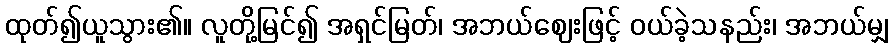
ထုတ်၍ယူသွား၏။ လူတို့မြင်၍ အရှင်မြတ်၊ အဘယ်ဈေးဖြင့် ဝယ်ခဲ့သနည်း၊ အဘယ်မျှ